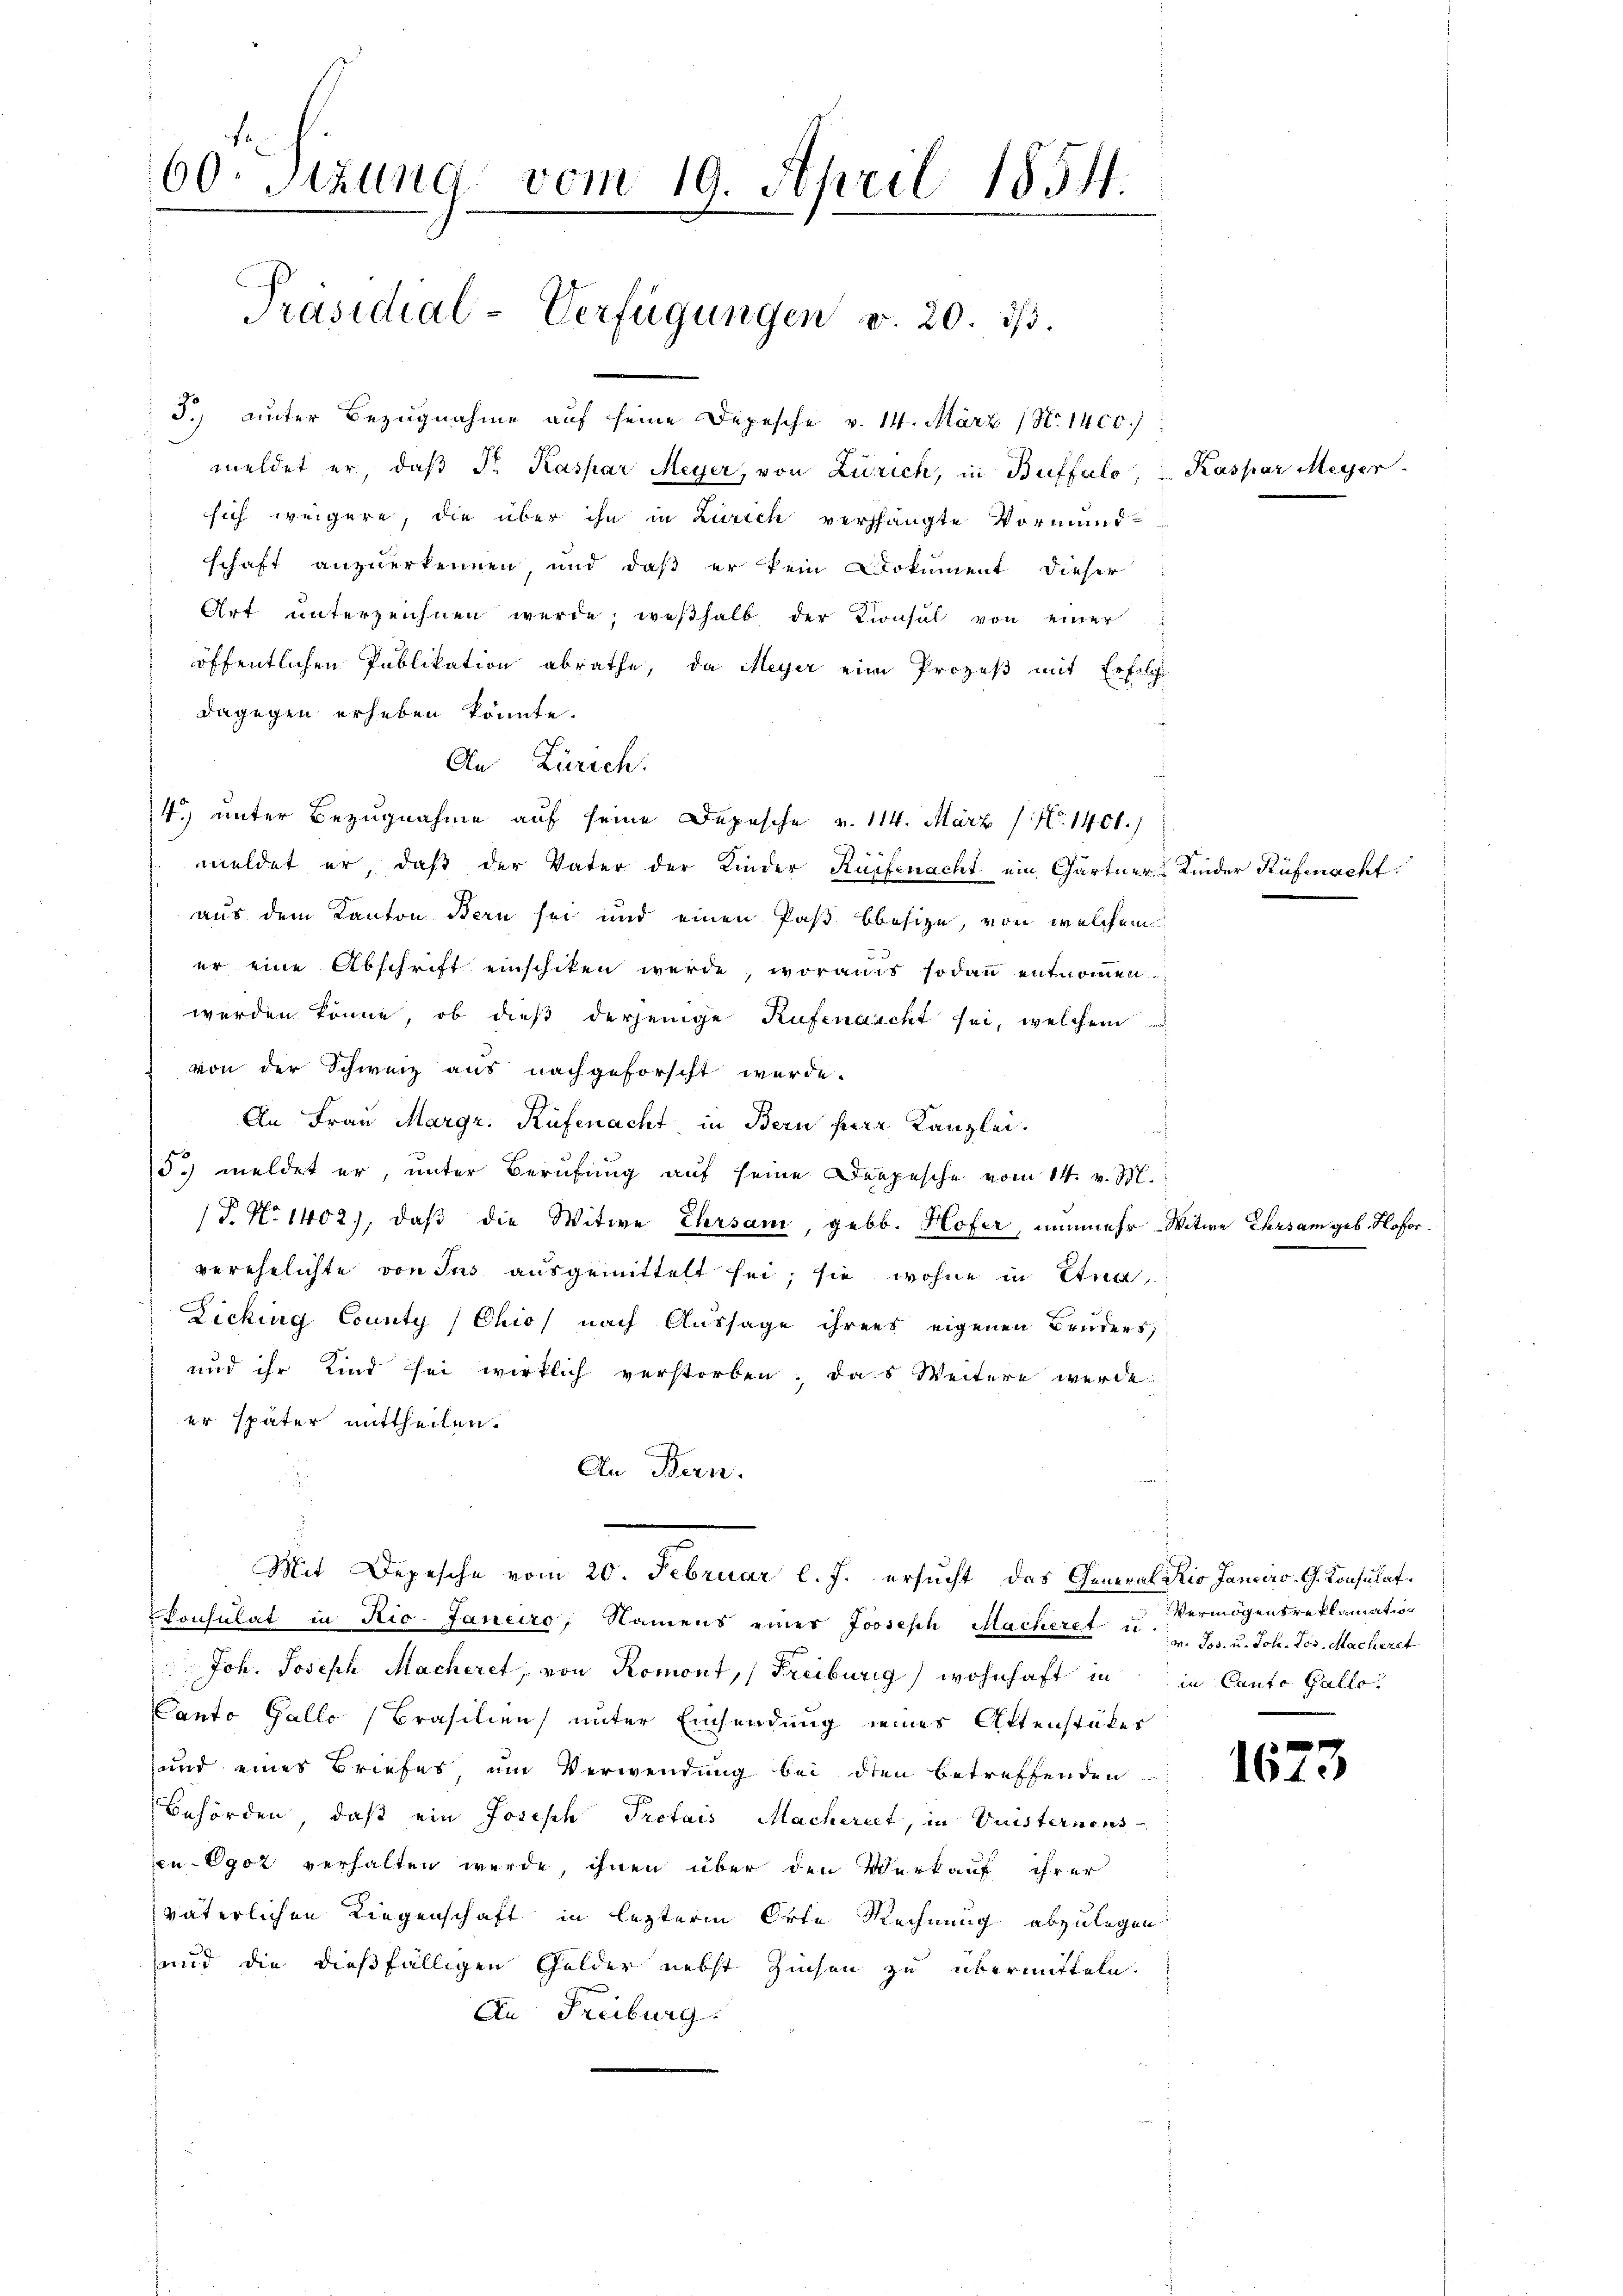
60. Sizung vom 19. April 1854.
Präsidial-Verfügungen v. 20. d.

J.) unter Bezugnahme auf seine Depesche v. 14. März (N. 1400)
meldet er, daβ Fr. Kaspar Meyer, von Zürich, in Buffalo, u. Kaspar Meyer
sich weigere, die über ihn in Zürich verhängte Vormund-
schaft anzuerkennen, und daß er kein Dokument dieser
Art unterzeichnen werde; weßhalb der Konsul von einer
öffentlichen Publikation abrathe, da Meyer eine Prozeß mit Erfolge
dagegen erheben könnte.
An Zürich.
4.) unter Bezugnahme auf seine Depesche v. 114. März (N. 1401.)
meldet er, daß der Vater der Kinder Kaisenacht ein Gärtner Kinder Rüfenacht:
aus dem Kanton Bern sei und einen Paß besize, von welchem
er eine Abschrift einschiken werde, woraus sodann entnommen
werden könne, ob dieß derjenige Rufenaacht sei, welchem
von der Schweiz aus nachgeforscht werde.
An Frau Margr. Rüfenacht, in Bern herr Kanzlei.
5c) meldet er, unter Berufung auf seine Depesche vom 14. v. M.
T. No 1402), daß die Witwe Ehrsam, geb. Hofer, nunmehr Witwe Chers
verehelichte von Ins ausgemittelt sei; sie wohne in Etna¬
Zickung County (Chio nach Aussage ihrens eigenen Bruders,
und ihr Kind sei wirklich verstorben; das Weitere werde
er später mittheilen.
An Bern.
Mit Depesche vom 20. Februar l. J. ersucht, das General Rio Janciro- G. Konsulat
konsulat in Rio-Janeiro, Namens einer Joseph Mackeret u. Jos. u. Joh. Jos. Macheret
 Joh. Joseph Macheret, von Romont, (Freiburg, wohnhaft in in Canto Gallo
Canto Gallo (Brasilien unter Einsendung seines Attenstüker
und eines Briefes um Verwendung bei dien betreffenden
Behörden, daß ein Joseph Protois Macheriet, in Vuisternens
en-Egoz verhalten werde, ihnen über den Verkauf ihrer
väterlichen Liegenschaft in lezterm Orte Rechnung abzulegen
und die dießfälligen Golder nebst Zinsen zu übermitteln.
An Freiburg.

1623

Hofor

Vermögensreklamation